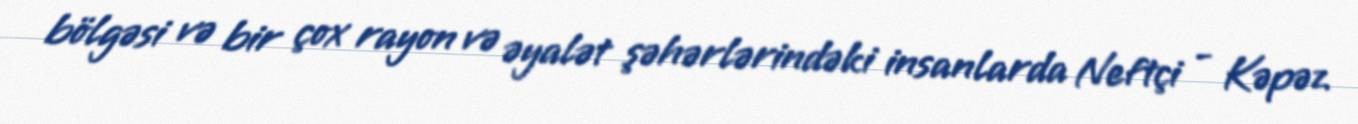
bölgəsi və bir çox rayon və əyalət şəhərlərindəki insanlarda Neftçi - Kəpəz